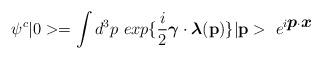
LaTeX: \begin{align*}\psi^{c} |0> = \int d^{3} p~ exp \{ \frac{i}{2} \mbox{\boldmath $\gamma$} \cdot \mbox{\boldmath $\lambda$}({\bf p}) \} |{\bf p}> ~e^{i \mbox{\boldmath $p$} \cdot \mbox{\boldmath $x$}}\end{align*}